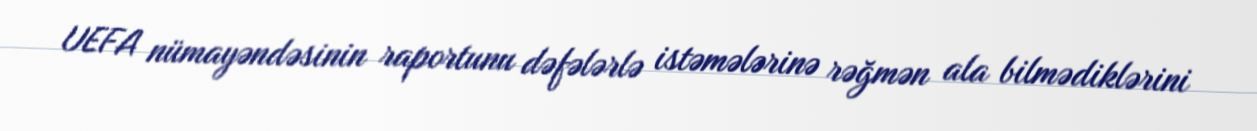
UEFA nümayəndəsinin raportunu dəfələrlə istəmələrinə rəğmən ala bilmədiklərini